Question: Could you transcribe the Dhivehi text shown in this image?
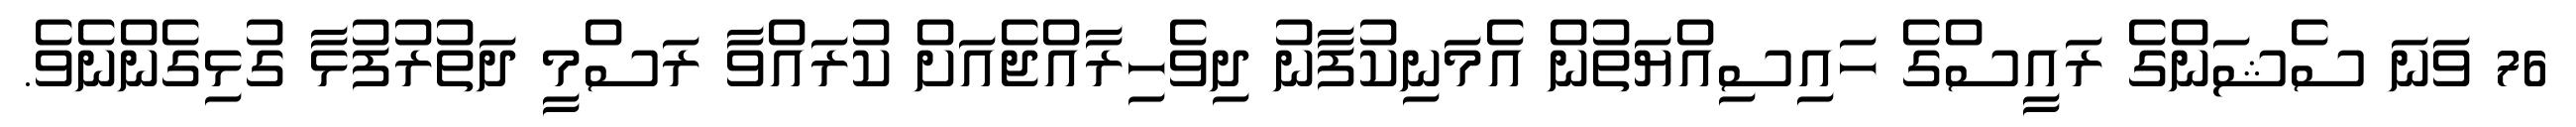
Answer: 76 ވަނަ ސެޝަންގެ ރައީސްގެ ހައިސިއްޔަތުން އެމަނިކުފާނު ދިވެހިރާއްޖެއަށް ކުރައްވާ ރަސްމީ ދަތުރުފުޅާ ގުޅިގެންނެވެ.